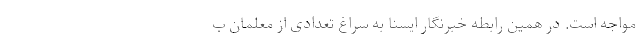
مواجه است. در همین رابطه خبرنگار ایسنا به سراغ تعدادی از معلمان ب